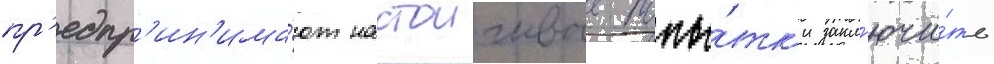
пр'едпр'ин'има́ют настоичивые попы́тк'и закл'ючи́ть